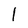
Character: l